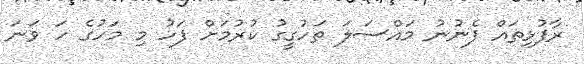
ރާފުޅިތައް ފެނުނު މައްސަލަ ތަހުގީގު ކުރުމަށް ފަހު މި މަހުގެ ހަ ވަނަ